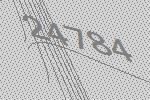
24784